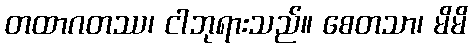
တထာဂတဿ၊ ငါဘုရားသည်။ စေတသာ၊ မိမိ